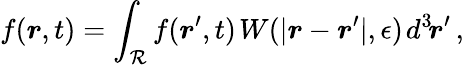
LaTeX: f(\boldsymbol{r},t)=\int_{\mathcal{R}}f(\boldsymbol{r}^{\prime},t)\! \; W(|\boldsymbol{r}-\boldsymbol{r}^{\prime}|,\epsilon)\! \; d^{3\! }\boldsymbol{r}^{\prime}\, ,